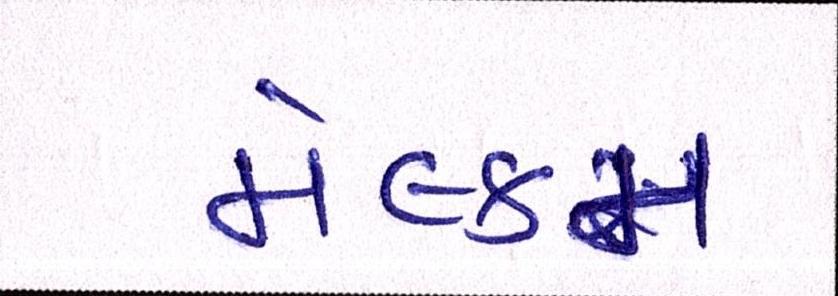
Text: મેલ્કમ